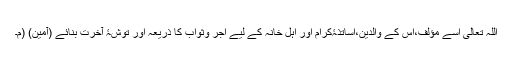
اللہ تعالی اسے مؤلف،اس کے والدین،اساتذۂکرام اور اہل خانہ کے لیے اجر وثواب کا ذریعہ اور توشۂ آخرت بنائے (آمین) (م۔